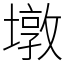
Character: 墩